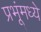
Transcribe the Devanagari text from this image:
प्रभूंमध्ये